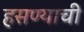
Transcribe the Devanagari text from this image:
हसण्याची